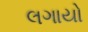
લગાયો